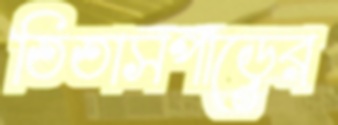
তিতাসপাড়ের